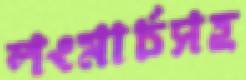
লংমার্চসহ